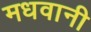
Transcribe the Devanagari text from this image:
मधवानी